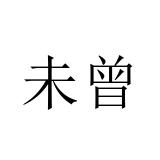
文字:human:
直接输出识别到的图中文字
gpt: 未曾